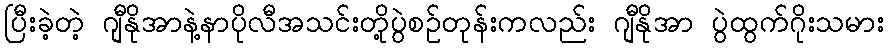
ပြီးခဲ့တဲ့ ဂျီနိုအာနဲ့နာပိုလီအသင်းတို့ပွဲစဥ်တုန်းကလည်း ဂျီနိုအာ ပွဲထွက်ဂိုးသမား